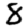
Digit: 8